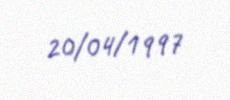
20/04/1997